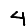
Digit: 4